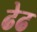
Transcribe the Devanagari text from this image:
ढेढ